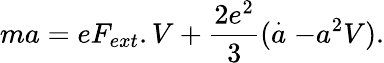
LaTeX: ma=eF_{ext}.V+\frac{2e^{2}}{3}(\stackrel{.}{a}-a^{2}V).